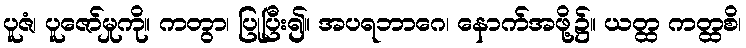
ပူဇံ၊ ပူဇော်မှုကို။ ကတွာ၊ ပြုပြီး၍။ အပရဘာဂေ၊ နောက်အဖို့၌။ ယတ္ထ ကတ္ထစိ၊